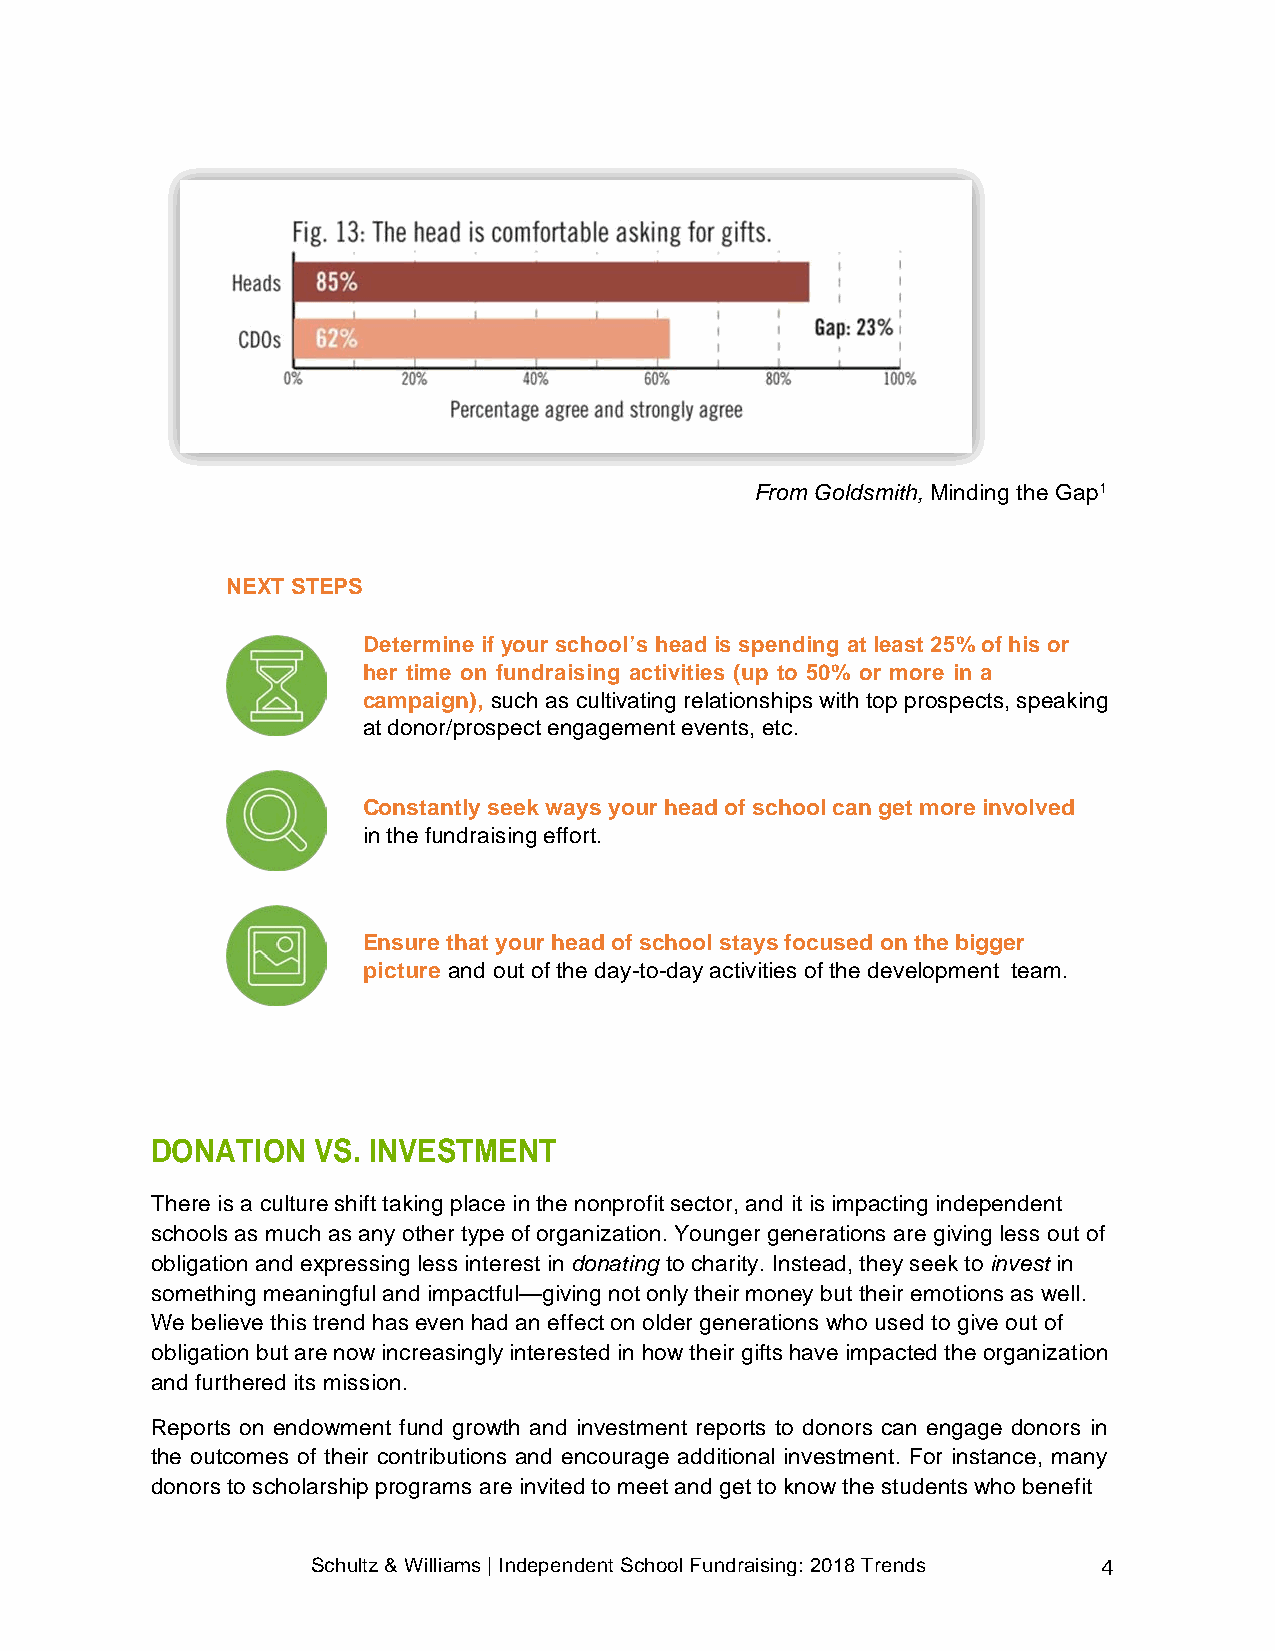
From Goldsmith, Minding the Gap1
 NEXT STEPS
 Determine if your school’s head is spending at least 25% of his or
 her time on fundraising activities (up to 50% or more in a
 campaign), such as cultivating relationships with top prospects, speaking
 at donor/prospect engagement events, etc.
 Constantly seek ways your head of school can get more involved
 in the fundraising effort.
 Ensure that your head of school stays focused on the bigger
 picture and out of the day-to-day activities of the development team.
 DONATION   VS. INVESTMENT
 There is a culture shift taking place in the nonprofit sector, and it is impacting independent
 schools as much as any other type of organization. Younger generations are giving less out of
 obligation and expressing less interest in donating to charity. Instead, they seek to invest in
 something meaningful and impactful—giving not only their money but their emotions as well.
 We believe this trend has even had an effect on older generations who used to give out of
 obligation but are now increasingly interested in how their gifts have impacted the organization
 and furthered its mission.
 Reports on endowment fund growth and investment reports to donors can engage donors in
 the outcomes of their contributions and encourage additional investment. For instance, many
 donors to scholarship programs are invited to meet and get to know the students who benefit
 Schultz & Williams | Independent School Fundraising: 2018 Trends 4